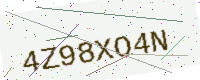
Text: 4Z98XO4N